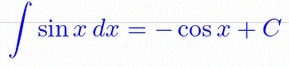
\int \sin x\,dx=-\cos x+C